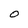
Character: O